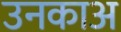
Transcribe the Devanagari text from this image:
उनकाअ